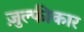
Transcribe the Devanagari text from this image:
ज़ुल्फीकार